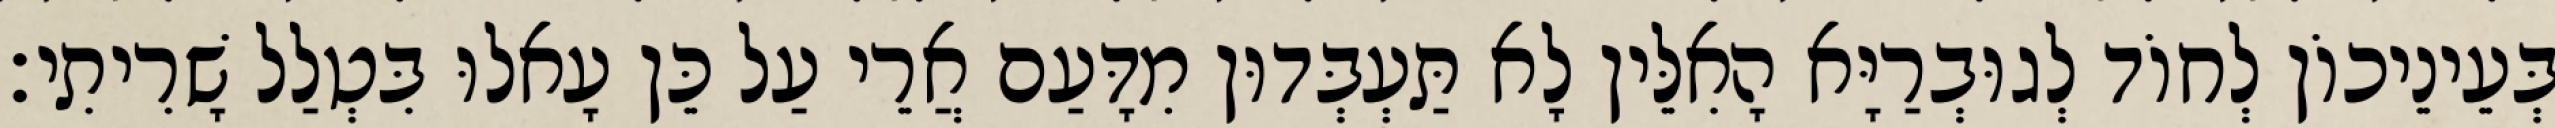
בְּעֵינֵיכוֹן לְחוֹד לְגוּבְרַיָּא הָאִלֵּין לָא תַּעְבְּדוּן מִדָּעַם אֲרֵי עַל כֵּן עָאלוּ בִּטְלַל שָׁרִיתִי׃